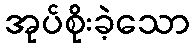
အုပ်စိုးခဲ့သော